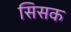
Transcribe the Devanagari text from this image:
सिसक